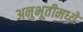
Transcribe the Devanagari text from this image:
अनुभूतीमध्ये